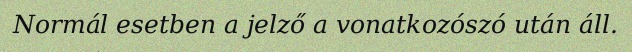
Normál esetben a jelző a vonatkozószó után áll.